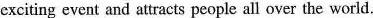
exciting event and attracts people all over the world.